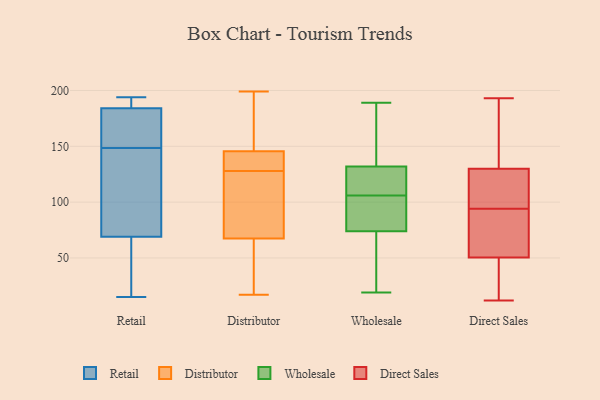
{"axis": {"x": "Backlog", "y": "Value"}, "legend": ["Direct Sales", "Distributor", "Retail", "Wholesale"], "data": [{"x": "", "y": 191, "type": "Retail"}, {"x": "", "y": 62, "type": "Retail"}, {"x": "", "y": 164, "type": "Retail"}, {"x": "", "y": 69, "type": "Retail"}, {"x": "", "y": 181, "type": "Retail"}, {"x": "", "y": 15, "type": "Retail"}, {"x": "", "y": 67, "type": "Retail"}, {"x": "", "y": 184, "type": "Retail"}, {"x": "", "y": 129, "type": "Retail"}, {"x": "", "y": 168, "type": "Retail"}, {"x": "", "y": 187, "type": "Retail"}, {"x": "", "y": 194, "type": "Retail"}, {"x": "", "y": 91, "type": "Retail"}, {"x": "", "y": 37, "type": "Retail"}, {"x": "", "y": 193, "type": "Retail"}, {"x": "", "y": 124, "type": "Retail"}, {"x": "", "y": 170, "type": "Retail"}, {"x": "", "y": 133, "type": "Retail"}, {"x": "", "y": 17, "type": "Distributor"}, {"x": "", "y": 199, "type": "Distributor"}, {"x": "", "y": 150, "type": "Distributor"}, {"x": "", "y": 131, "type": "Distributor"}, {"x": "", "y": 40, "type": "Distributor"}, {"x": "", "y": 31, "type": "Distributor"}, {"x": "", "y": 66, "type": "Distributor"}, {"x": "", "y": 69, "type": "Distributor"}, {"x": "", "y": 127, "type": "Distributor"}, {"x": "", "y": 129, "type": "Distributor"}, {"x": "", "y": 194, "type": "Distributor"}, {"x": "", "y": 141, "type": "Distributor"}, {"x": "", "y": 73, "type": "Distributor"}, {"x": "", "y": 169, "type": "Distributor"}, {"x": "", "y": 139, "type": "Distributor"}, {"x": "", "y": 23, "type": "Distributor"}, {"x": "", "y": 169, "type": "Distributor"}, {"x": "", "y": 89, "type": "Distributor"}, {"x": "", "y": 138, "type": "Distributor"}, {"x": "", "y": 90, "type": "Distributor"}, {"x": "", "y": 95, "type": "Wholesale"}, {"x": "", "y": 74, "type": "Wholesale"}, {"x": "", "y": 83, "type": "Wholesale"}, {"x": "", "y": 52, "type": "Wholesale"}, {"x": "", "y": 33, "type": "Wholesale"}, {"x": "", "y": 189, "type": "Wholesale"}, {"x": "", "y": 26, "type": "Wholesale"}, {"x": "", "y": 130, "type": "Wholesale"}, {"x": "", "y": 115, "type": "Wholesale"}, {"x": "", "y": 104, "type": "Wholesale"}, {"x": "", "y": 165, "type": "Wholesale"}, {"x": "", "y": 19, "type": "Wholesale"}, {"x": "", "y": 117, "type": "Wholesale"}, {"x": "", "y": 132, "type": "Wholesale"}, {"x": "", "y": 108, "type": "Wholesale"}, {"x": "", "y": 188, "type": "Wholesale"}, {"x": "", "y": 78, "type": "Wholesale"}, {"x": "", "y": 159, "type": "Wholesale"}, {"x": "", "y": 91, "type": "Direct Sales"}, {"x": "", "y": 193, "type": "Direct Sales"}, {"x": "", "y": 12, "type": "Direct Sales"}, {"x": "", "y": 82, "type": "Direct Sales"}, {"x": "", "y": 179, "type": "Direct Sales"}, {"x": "", "y": 79, "type": "Direct Sales"}, {"x": "", "y": 112, "type": "Direct Sales"}, {"x": "", "y": 21, "type": "Direct Sales"}, {"x": "", "y": 22, "type": "Direct Sales"}, {"x": "", "y": 97, "type": "Direct Sales"}, {"x": "", "y": 118, "type": "Direct Sales"}, {"x": "", "y": 142, "type": "Direct Sales"}]}